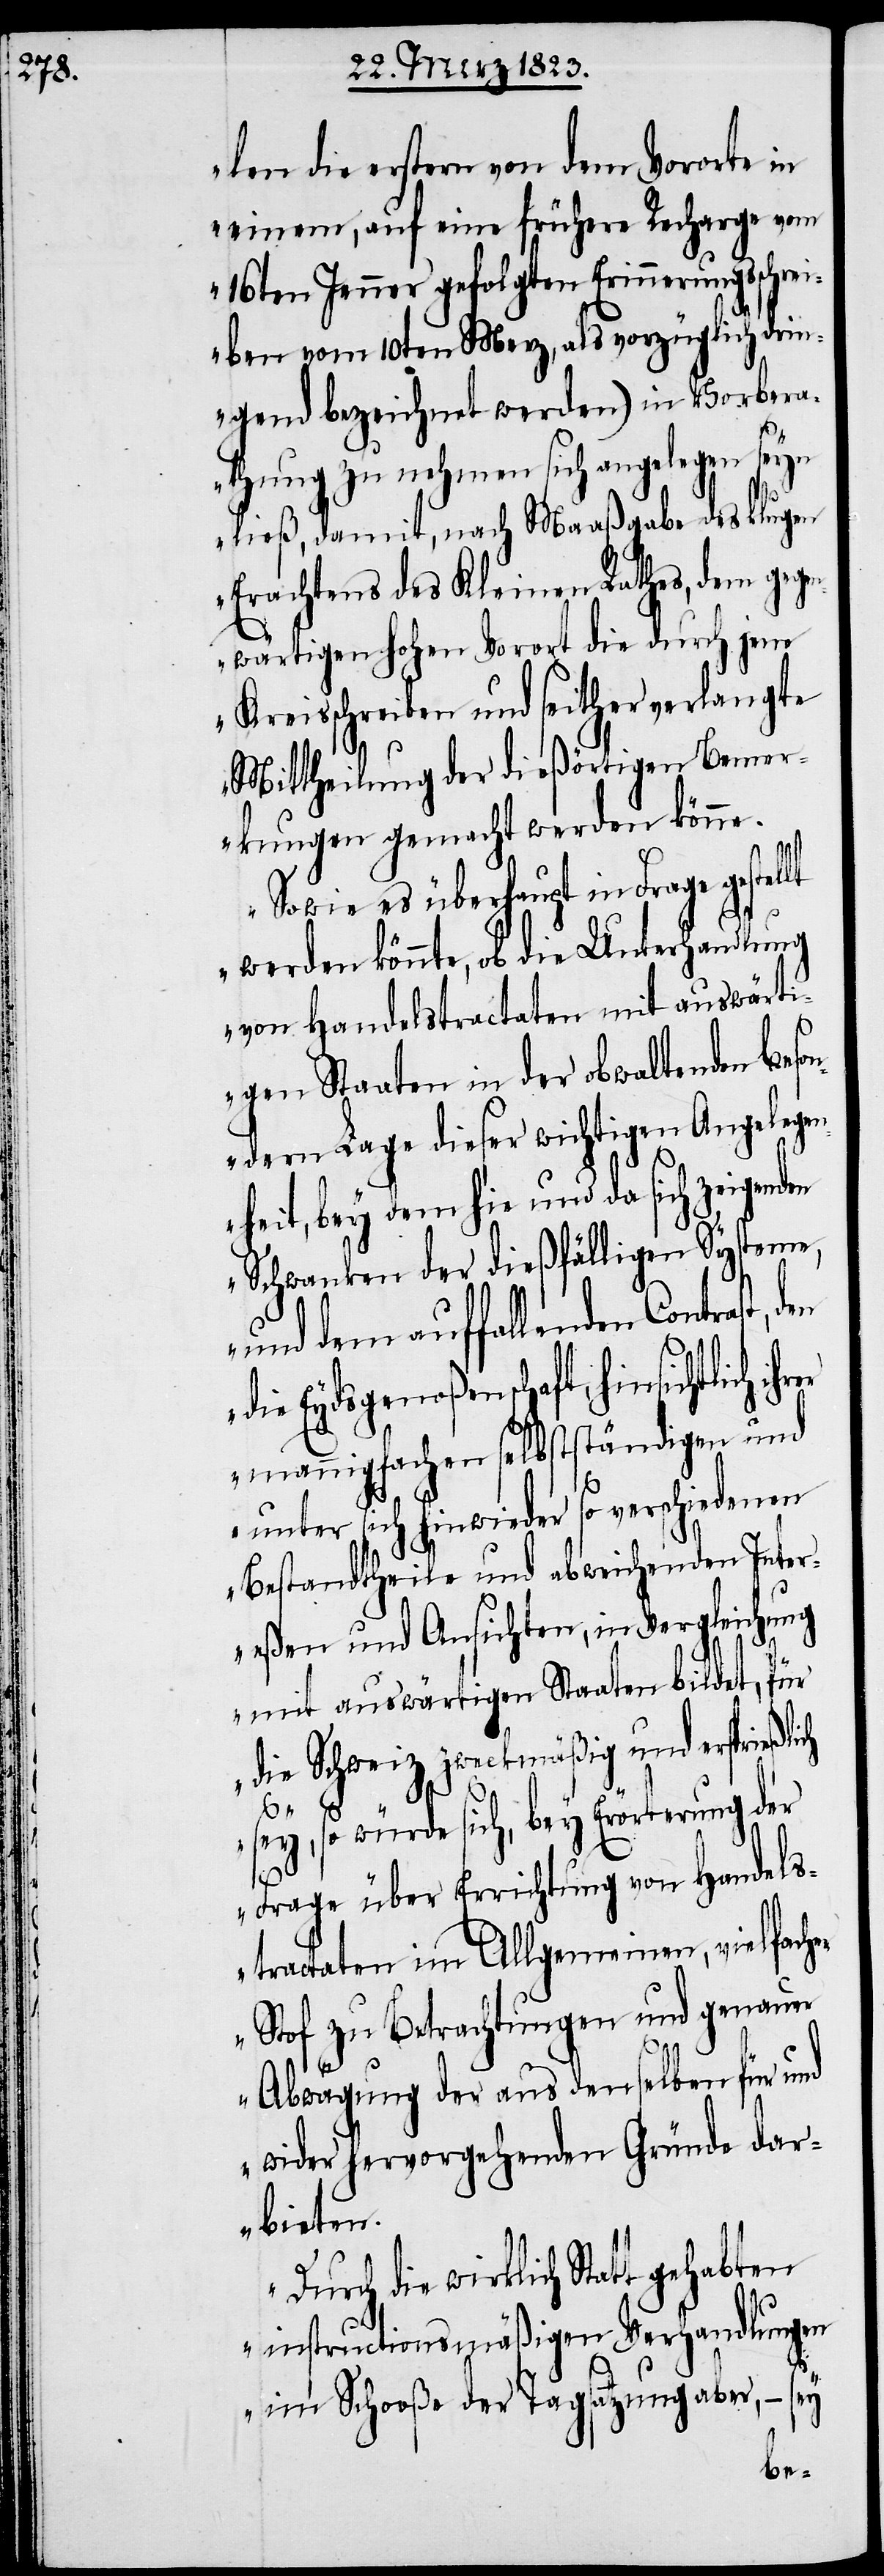
len die erstern von dem Vororte in
einem, auf eine frühere Recharge vom
16ten Jenner gefolgten Erinnerungsschrei¬
ben vom 10ten Merz, als vorzüglich drin¬
gend bezeichnet werden) in Vorbera¬
thung zu nehmen sich angelegen seyn
ließ, damit, nach Maaßgabe des klugen
Erachtens des Kleinen Rathes, dem gege¬
nwärtigen hohen Vorort die durch jene
Kreisschreiben und seither verlangte
Mittheilung der dießörtigen Bemer¬
kungen gemacht werden könne.
Sowie es überhaupt in Frage gestellt
werden könnte, ob die Unterhandlung
von Handelstractaten mit auswärti¬
gen Staaten in der obwaltenden beson¬
dern Lage dieser wichtigen Angelegen¬
heit, bey dem hie und da sich zeigenden
Schwanken der dießfälligen Systeme,
und dem auffallenden Contrast,
die Eydsgenoßenschaft, hinsichtlich
mannigfachen selbstständigen und
unter sich hinwieder so verschiedenen
Bestandtheile und abweichenden Inter¬
eßen und Ansichten, in Vergleichung
mit auswärtigen Staaten bildet, für
die Schweiz zweckmäßig und ersprießlich
sey, so würde sich, bey Erörterung der
Frage über Errichtung von Handels¬
tractaten im Allgemeinen, vielfache¬
r Stof zu Betrachtungen und genauer
Abwägung der aus denselben für und
wider hervorgehenden Gründe dar¬
bieten.
Durch die wirklich Statt gehabten
instructionsmäßigen Verhandlungen
im Schooße der Tagsatzung aber, – sey